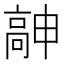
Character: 𱅹